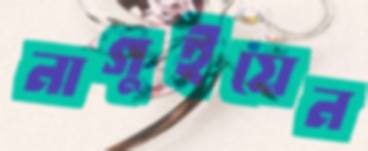
নাগুইয়েন